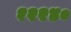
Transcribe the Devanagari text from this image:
१२२४०